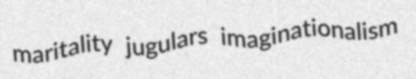
maritality jugulars imaginationalism